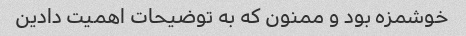
خوشمزه بود و ممنون که به توضیحات اهمیت دادین